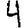
Digit: 4